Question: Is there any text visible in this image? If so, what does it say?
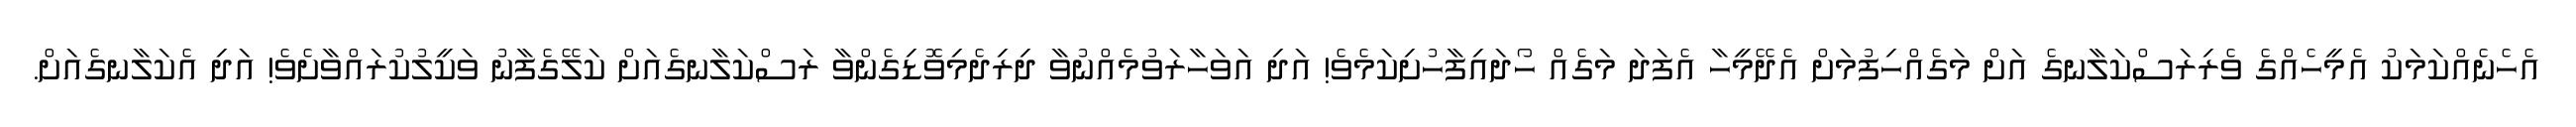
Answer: އެހެނެއްކަމަކު އެމީހެއްގެ ވެރިރަސްކަލާނގެ އަށް މަގެއްހިފުމަށް އެދޭމީހާ އެފަދަ މަގެއް ހޯދައިފާހުށިކަމެވެ! އަދި އަވަހާރަވުމެއްނުވާ ދިރިދެމިވޮޑިގެންވާ ރަސްކަލާނގެއަށް ކަލޭގެފާނު ވަކީލުކުރައްވާށެވެ! އަދި އެކަލާނގެއަށް.